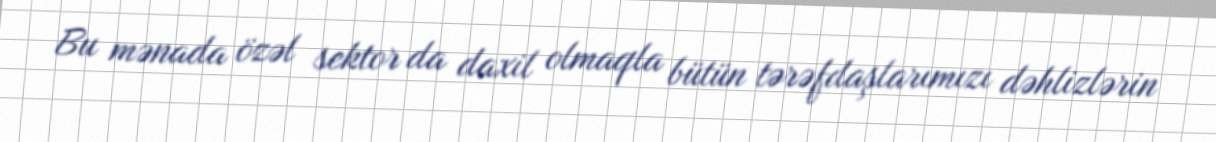
Bu mənada özəl sektor da daxil olmaqla bütün tərəfdaşlarımızı dəhlizlərin